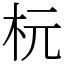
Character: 杬